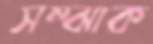
সম্‌ঝাক